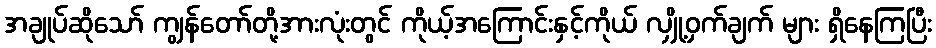
အချုပ်ဆိုသော် ကျွန်တော်တို့အားလုံးတွင် ကိုယ့်အကြောင်းနှင့်ကိုယ် လျှို့ဝှက်ချက် များ ရှိနေကြပြီး